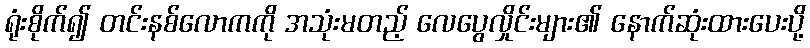
ရုံးစိုက်၍ တင်းနစ်လောကကို အသုံးမတည့် လေပွေလှိုင်းများ၏ နောက်ဆုံးထားပေးပို့